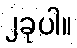
၂ခုပါ။